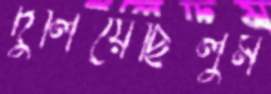
দুলিয়েছিলুম